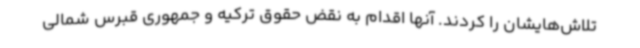
تلاش‌هایشان را کردند. آنها اقدام به نقض حقوق ترکیه و جمهوری قبرس شمالی